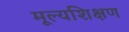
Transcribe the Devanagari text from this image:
मूल्यशिक्षण